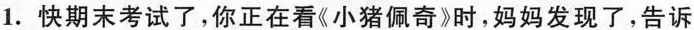
1.快期末考试了，你正在看《小猪佩奇》时，妈妈发现了，告诉